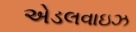
એડલવાઇઝ